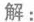
解：